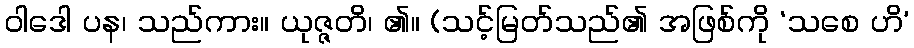
ဝါဒေါ ပန၊ သည်ကား။ ယုဇ္ဇတိ၊ ၏။ (သင့်မြတ်သည်၏ အဖြစ်ကို ‘သစေ ဟိ’